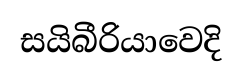
සයිබීරියාවෙදි